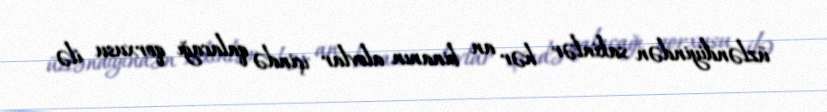
üzləndiyindən sakinlər hər an binanın alovlar içində qalacağı qorxusu ilə